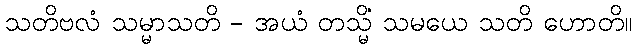
သတိဗလံ သမ္မာသတိ - အယံ တသ္မိံ သမယေ သတိ ဟောတိ။